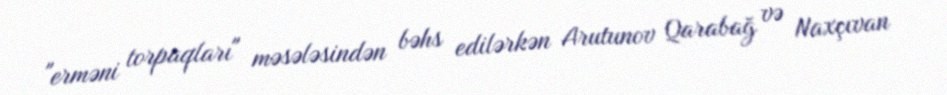
"erməni torpaqları" məsələsindən bəhs edilərkən Arutunov Qarabağ və Naxçıvan